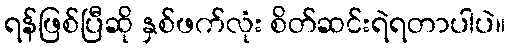
ရန်ဖြစ်ပြီဆို နှစ်ဖက်လုံး စိတ်ဆင်းရဲရတာပါပဲ။